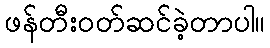
ဖန်တီးဝတ်ဆင်ခဲ့တာပါ။